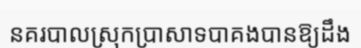
នគរបាលស្រុកប្រាសាទបាគងបានឱ្យដឹង